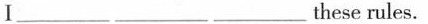
Ⅰ___ ___ ___ these rules.